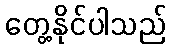
တွေ့နိုင်ပါသည်